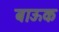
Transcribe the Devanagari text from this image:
बाऊक